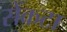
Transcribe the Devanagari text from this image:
सेंकटा